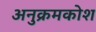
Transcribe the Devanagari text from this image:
अनुक्रमकोश